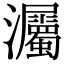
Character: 灟